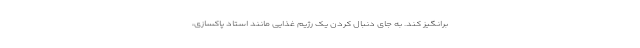
برانگیز کند. به جای دنبال کردن یک رژیم غذایی مانند استاد پاکسازی،